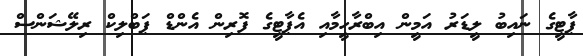
ޕާޓީގެ ނައިބު ލީޑަރު އަމީން އިބްރާހީމާއި އެޕާޓީގެ ފޮރިން އެންޑް ޕަބްލިކް ރިލޭޝަންސް